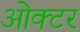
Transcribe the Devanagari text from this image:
ओक्टर